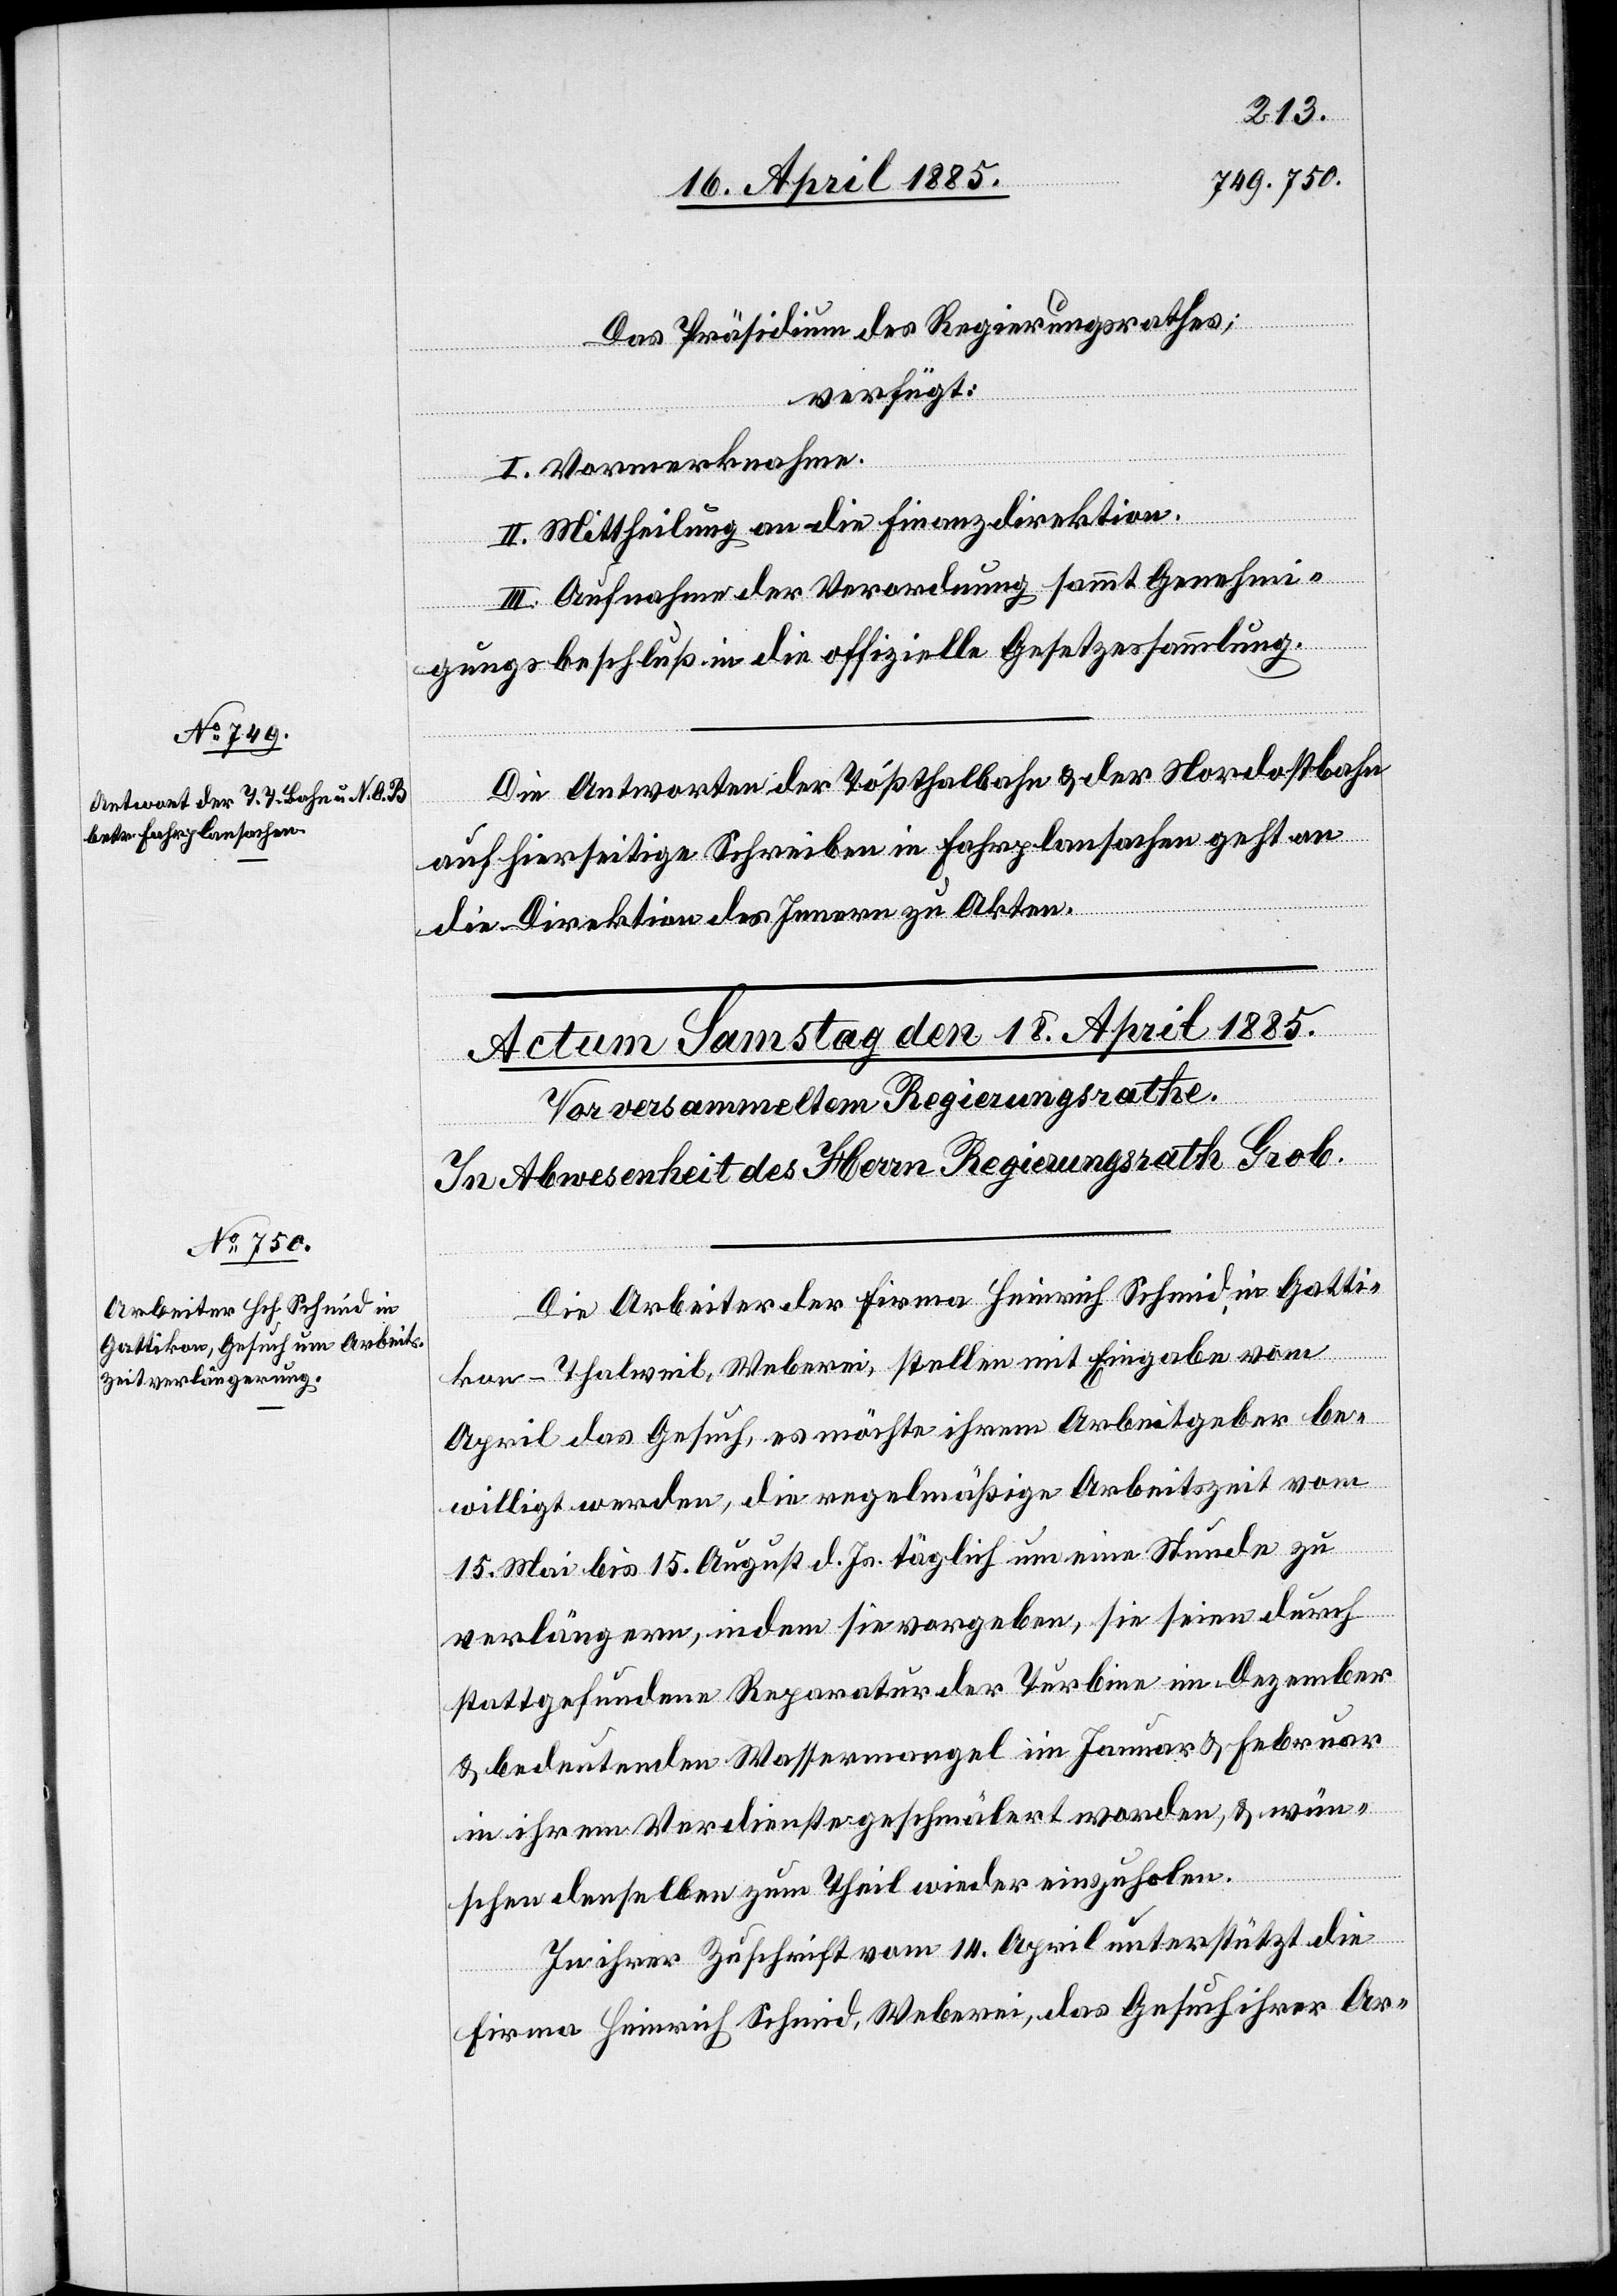
17. April 1885.]
Das Präsidium des Regierungsrathes;
verfügt:
I. Vormerknahme.
II. Mittheilung an die Finanzdirektion.
III. Aufnahme der Verordnung sammt Genehmi¬
gungsbeschluß in die offizielle Gesetzessammlung.
Die Antworten der Tößthalbahn & der Nordostbahn
auf hierseitige[s] Schreiben in Fahrplansachen geht an
die Direktion des Innern zu Akten.
Die Arbeiter der Firma Heinrich Schmid, in Gatti¬
kon - Thalweil, Weberei, stellen mit Eingabe vom
April das Gesuch, es möchte ihrem Arbeitgeber be¬
willigt werden, die regelmäßige Arbeitszeit vom
15. Mai bis 15. August d. Js. täglich um eine Stunde zu
verlängern, indem sie vorgeben, sie seien durch
stattgefundene Reparatur der Turbine im Dezember
& bedeutenden Wassermangel im Januar & Februar
in ihrem Verdienste geschmälert worden, & wün¬
schen denselben zum Theil wieder einzuholen.
In ihrer Zuschrift vom 14. April unterstützt die
Firma Heinrich Schmid, Weberei, das Gesuch ihrer Ar-